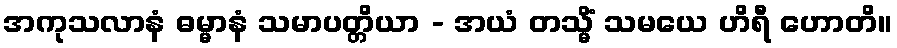
အကုသလာနံ ဓမ္မာနံ သမာပတ္တိယာ - အယံ တသ္မိံ သမယေ ဟိရီ ဟောတိ။